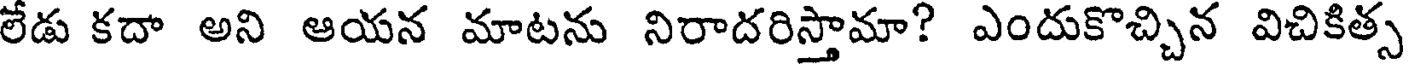
లేడు కదా అని ఆయన మాటను నిరాదరిస్తామా? ఎందుకొచ్చిన విచికిత్స